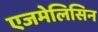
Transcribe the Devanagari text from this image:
एजमेलिसिन